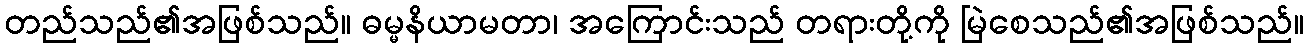
တည်သည်၏အဖြစ်သည်။ ဓမ္မနိယာမတာ၊ အကြောင်းသည် တရားတို့ကို မြဲစေသည်၏အဖြစ်သည်။